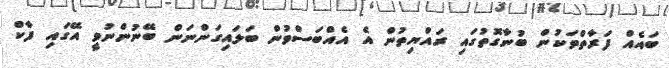
ބައެއް ފަރާތްތަކުން ބުނާގޮތުގައި ރައްޔިތުން އެ އެއްބަސްވުން ބަލައިގަންނަން ބޭނުންނުވީ އޭގައި ފާކް